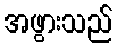
အဖွားသည်